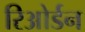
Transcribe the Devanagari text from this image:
रिओर्डन